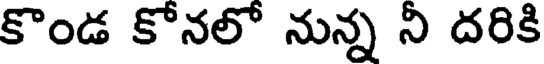
కొండ కోనలో నున్న ని దరికి